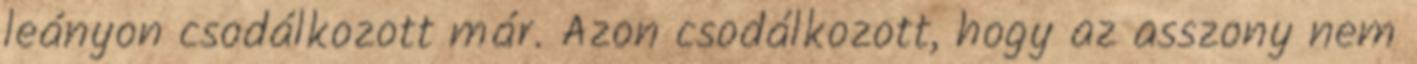
leányon csodálkozott már. Azon csodálkozott, hogy az asszony nem